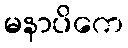
မနာပိကေ